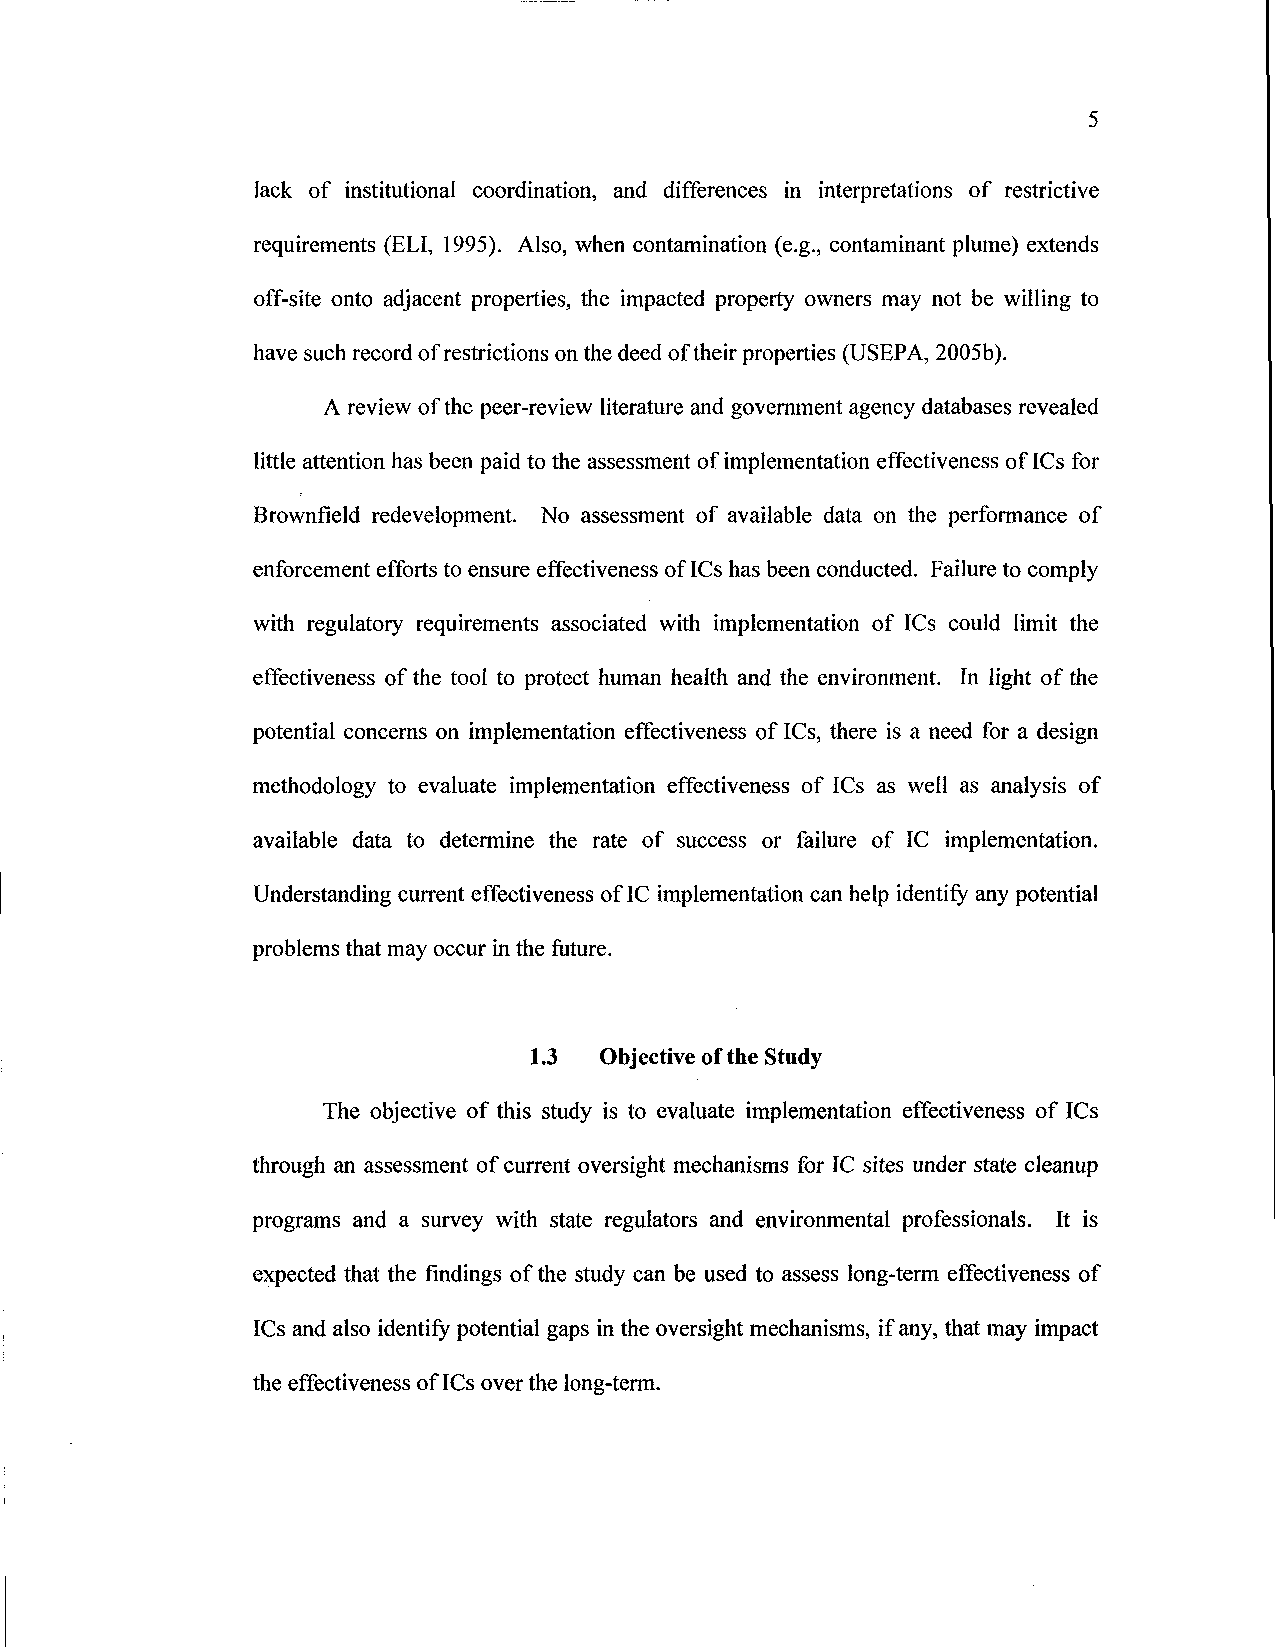
5
 lack of institutional coordination, and differences in interpretations of restrictive
 requirements (ELI, 1995). Also, when contamination (e.g., contaminant plume) extends
 off-site onto adjacent properties, the impacted property owners may not be willing to
 have such record of restrictions on the deed of their properties (USEPA, 2005b).
 A review of the peer-review literature and government agency databases revealed
 little attention has been paid to the assessment of implementation effectiveness of ICs for
 Brownfield redevelopment. No assessment of available data on the performance of
 enforcement efforts to ensure effectiveness of ICs has been conducted. Failure to comply
 with regulatory requirements associated with implementation of ICs could limit the
 effectiveness of the tool to protect human health and the environment. In light of the
 potential concerns on implementation effectiveness of ICs, there is a need for a design
 methodology to evaluate implementation effectiveness of ICs as well as analysis of
 available data to determine the rate of success or failure of IC implementation.
 Understanding current effectiveness of IC implementation can help identify any potential
 problems that may occur in the future.
 1.3 Objective of the Study
 The objective of this study is to evaluate implementation effectiveness of ICs
 through an assessment of current oversight mechanisms for IC sites under state cleanup
 programs and a survey with state regulators and environmental professionals. It is
 expected that the findings of the study can be used to assess long-term effectiveness of
 ICs and also identify potential gaps in the oversight mechanisms, if any, that may impact
 the effectiveness of ICs over the long-term.